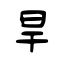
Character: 旱